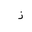
Letter: _thal